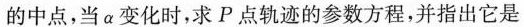
的中点，当α变化时，求P点轨迹的参数方程，并指出它是